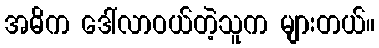
အဓိက ဒေါ်လာဝယ်တဲ့သူက များတယ်။